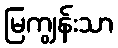
မြကျွန်းသာ